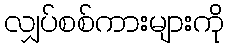
လျှပ်စစ်ကားများကို